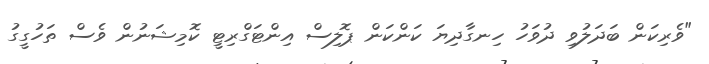
"ވެރިކަން ބަދަލުވި ދުވަހު ހިނގާދިޔަ ކަންކަން ޕޮލިސް އިންޓަގްރިޓީ ކޮމިޝަނުން ވެސް ތަހުގީގު